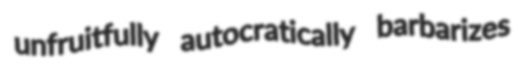
unfruitfully autocratically barbarizes